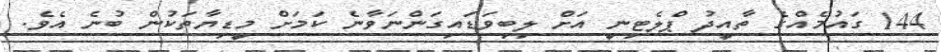
144 ގައުމެއްގެ ތާއީދު ޕްލެޓިނީ އަށް ލިބިވަޑައިގަންނަވާނެ ކަމަށް މީޑިޔާތަކުން ބުނެ އެވެ.